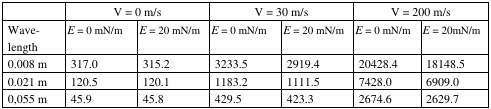
|  | <COLSPAN=2> V = 0 m/s | <COLSPAN=2> V = 30 m/s | <COLSPAN=2> V = 200 m/s |
 | Wave-length | E = 0 mN/m | E = 20 mN/m | E = 0 mN/m | E = 20 mN/m | E = 0 mN/m | E = 20mN/m |
 | --- | --- | --- | --- | --- | --- | --- |
 | 0.008 m | 317.0 | 315.2 | 3233.5 | 2919.4 | 20428.4 | 18148.5 |
 | 0.021 m | 120.5 | 120.1 | 1183.2 | 1111.5 | 7428.0 | 6909.0 |
 | 0,055 m | 45.9 | 45.8 | 429.5 | 423.3 | 2674.6 | 2629.7 |